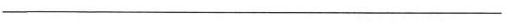
___